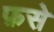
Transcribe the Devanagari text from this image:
फ़से